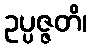
ဥပ္ပဇ္ဇတိ၊